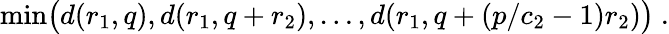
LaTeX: \mathrm{min}\big(d(r_{1},q),d(r_{1},q+r_{2}),\ldots,d(r_{1},q+(p/c_{2}-1)r_{2})\big)\ .